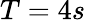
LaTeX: T=4s